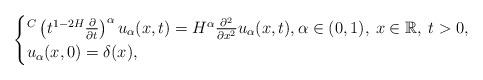
LaTeX: \begin{align*}\begin{cases}{}^C\left(t^{1-2H}\frac{\partial}{\partial t}\right)^{\alpha} u_{\alpha}(x,t)= H^{\alpha}\frac{\partial^2}{\partial x^2}u_{\alpha}(x,t),\alpha \in (0,1), \: x\in\mathbb{R}, \: t>0,\\u_{\alpha}(x,0)=\delta(x),\end{cases}\end{align*}